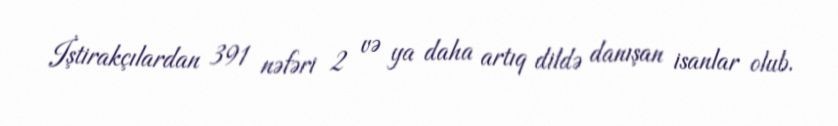
İştirakçılardan 391 nəfəri 2 və ya daha artıq dildə danışan isanlar olub.